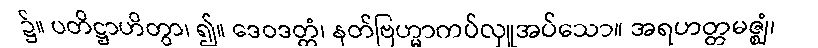
၌။ ပတိဋ္ဌာဟိတွာ၊ ၍။ ဒေဝဒတ္တံ၊ နတ်ဗြဟ္မာကပ်လှူအပ်သော။ အရဟတ္တမဇ္ဈံ၊